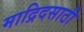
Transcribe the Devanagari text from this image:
माद्रिदसाठी